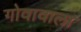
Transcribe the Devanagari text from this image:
गोवावाला